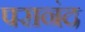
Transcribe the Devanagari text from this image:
परानंद